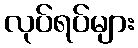
လုပ်ရပ်များ